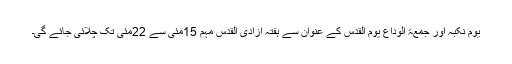
یوم نکبہ اور جمعۃ الوداع یوم القدس کے عنوان سے ہفتۂ آزادی القدس مہم 15مئی سے 22مئی تک چلائی جائے گی۔